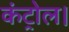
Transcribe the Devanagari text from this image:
कंट्रोल।